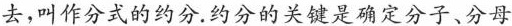
去，叫作分式的约分.约分的关键是确定分子、分母